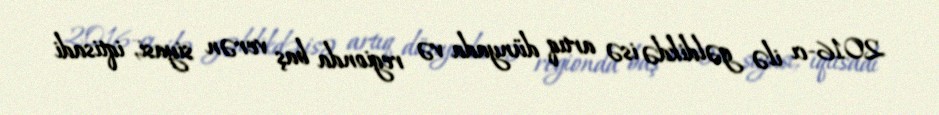
2016-cı ilə gəldikdə isə artıq dünyada və regionda baş verən siyasi, iqtisadi